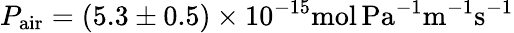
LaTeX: P_{\mathrm{air}}=(5.3\pm 0.5)\times 10^{-15}\mathrm{mol\, Pa^{-1}m^{-1}s^{-1}}